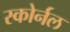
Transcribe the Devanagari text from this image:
स्कोर्नल